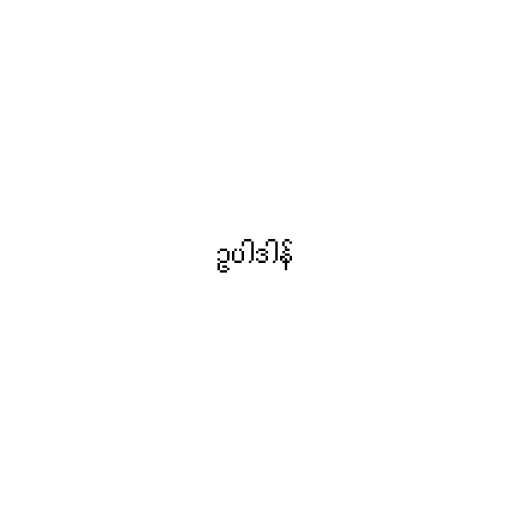
ဥပါဒါန်